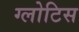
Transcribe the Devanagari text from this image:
ग्लोटिस